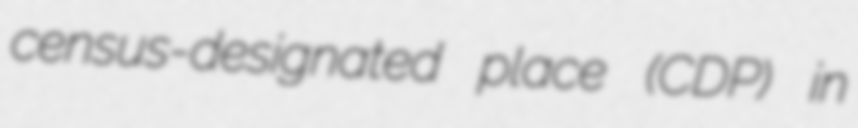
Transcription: census-designated place (CDP) in